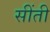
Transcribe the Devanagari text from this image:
सींती